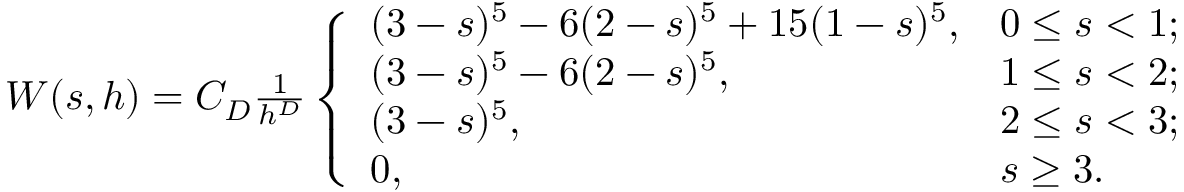
\begin{array} { r } { W ( s , h ) = C _ { D } \frac { 1 } { h ^ { D } } \left\{ \begin{array} { l l } { ( 3 - s ) ^ { 5 } - 6 ( 2 - s ) ^ { 5 } + 1 5 ( 1 - s ) ^ { 5 } , } & { 0 \leq s < 1 ; } \\ { ( 3 - s ) ^ { 5 } - 6 ( 2 - s ) ^ { 5 } , } & { 1 \leq s < 2 ; } \\ { ( 3 - s ) ^ { 5 } , } & { 2 \leq s < 3 ; } \\ { 0 , } & { s \geq 3 . } \end{array} \right. } \end{array}